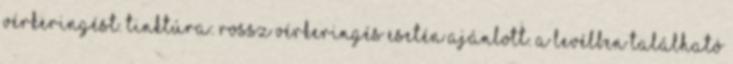
vérkeringést. Tinktúra: Rossz vérkeringés esetén ajánlott. A levélben található